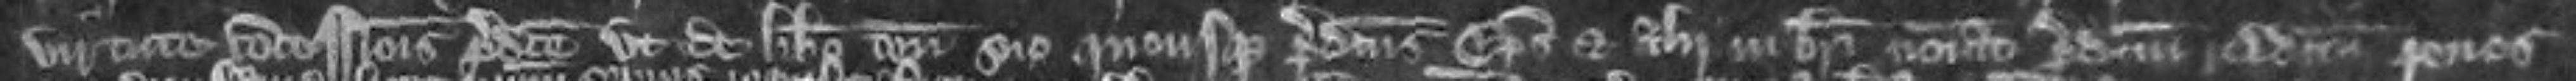
virtute concessionis predicte ut de libero tenemento suo quousque predictus episcopus et alii in brevi nominati predictum redditum penes